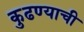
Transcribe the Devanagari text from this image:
कुढण्याची